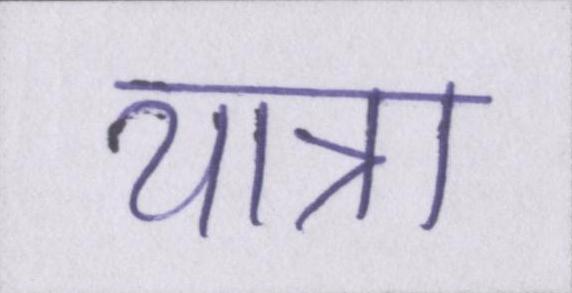
यात्रा